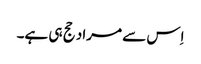
اِس سے مراد حج ہی ہے۔